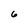
Character: 6